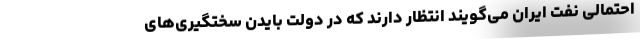
احتمالی نفت ایران می‌گویند انتظار دارند که در دولت بایدن سختگیری‌های